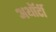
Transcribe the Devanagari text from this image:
अथॉर्टी